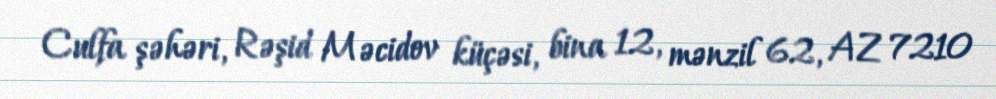
Culfa şəhəri, Rəşid Məcidov küçəsi, bina 12, mənzil 62, AZ 7210